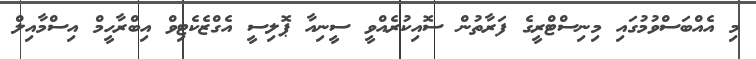
މި އެއްބަސްވުމުގައި މިނިސްޓްރީގެ ފަރާތުން ސޮއިކުރެއްވީ ސީނިއާ ޕޮލިސީ އެގްޒެކެޓިވް އިބްރާހީމް އިސްމާއިލް